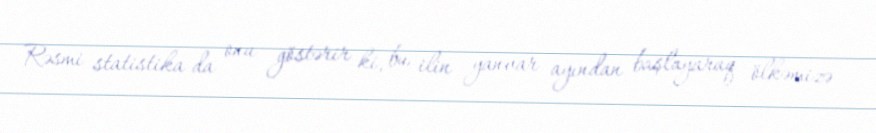
Rəsmi statistika da onu göstərir ki, bu ilin yanvar ayından başlayaraq ölkəmizə